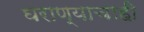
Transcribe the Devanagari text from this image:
घराण्याचाही